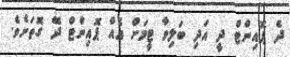
ދެ ޕޮއިންޓް ދީ އަދި ބަލިވާ ޓީމަށް އެއް ޕޮއިންޓް ދޭ ގޮތަށެވެ.